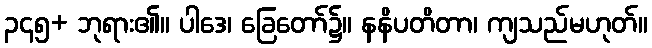
၃၄၅+ ဘုရား၏။ ပါဒေ၊ ခြေတော်၌။ နနိပတိတာ၊ ကျသည်မဟုတ်။